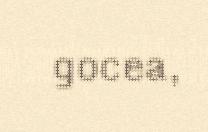
gocea,